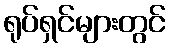
ရုပ်ရှင်များတွင်